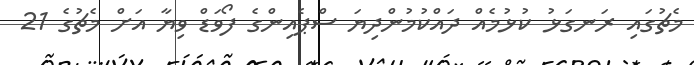
މެޗުގައި ރަނގަޅު ކުޅުމެއް ދައްކުމުންދިޔަ ސްޕެއިންގެ ފޯވަޑް ވިޔާ އަށް މެޗުގެ 21